Report on vaccination in Madras 1922-1929 - 1922-1929
Year: 1922
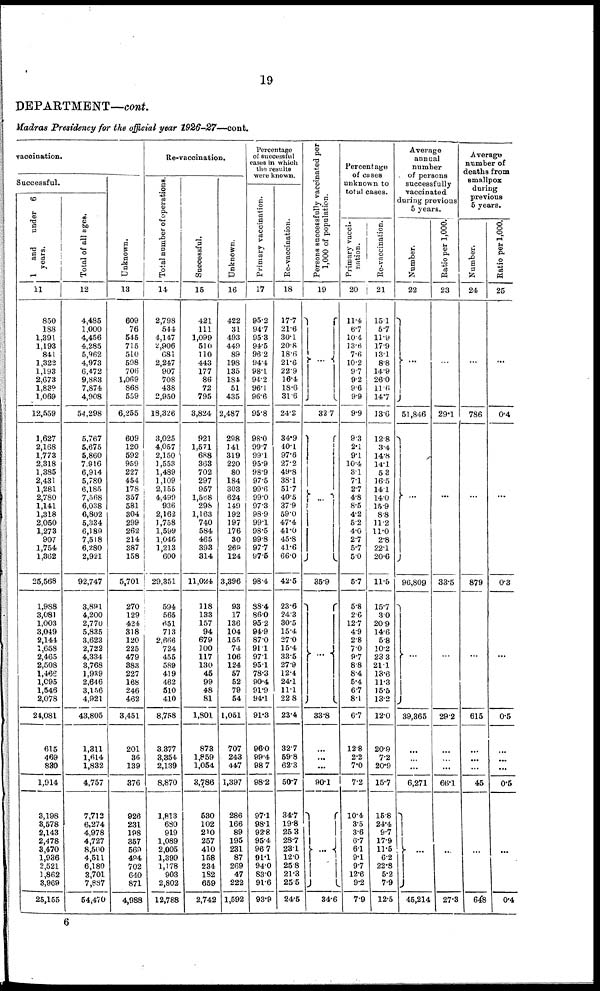
19
DEPARTMENT—cont.
Madras Presidency for the official year 1926-27—cont.
vaccination.
Successful.
1
and
under 6
years.
11
850
188
1,391
1,193
841
1,322
1,193
2,673
1,839
1,069
12,559
1,627
2,168
1,773
2,318
1,385
2,431
1,281
2,780
1,141
1,318
2,050
1,273
907
1,754
1,362
25,568
1,988
3,081
1,003
3,049
2,144
1,658
2,465
2,508
1,466
1,095
1,546
2,078
24,081
615
469
830
1,914
3,198
3,578
2,143
2,478
3,470
1,936
2,521
1,862
3,969
25,155
Total of all ages.
12
4,485
1,000
4,456
4,285
5,962
4,973
6,472
9,883
7,874
4,908
54,298
5,767
5,675
5,860
7,916
6,914
5,780
6,185
7,568
6,038
6,802
5,334
6,189
7,518
6,280
2,921
92,747
3,891
4,200
2,770
5,835
3,623
2,722
4,334
3,768
1,939
2,646
3,156
4,921
43,805
1,311
1,614
1,832
4,757
7,712
6,274
4,978
4,727
8,500
4,511
6,180
3,701
7,887
54,470
Unknown.
13
609
76
545
715
510
598
706
1,069
868
559
6,255
609
120
592
959
227
454
178
357
581
304
299
262
214
387
158
5,701
270
129
424
318
120
225
479
383
227
168
246
462
3,451
201
36
139
376
926
231
198
357
569
484
702
640
871
4,988
Re-vaccination.
Total number of operations.
14
2,798
544
4,147
2,906
681
2,247
907
708
438
2,950
18,326
3,025
4,057
2,150
1,553
1,489
1,109
2,155
4,499
936
2,162
1,758
1,599
1,046
1,213
600
29,351
594
565
651
713
2,666
724
455
589
419
462
510
410
8,758
3,377
3,354
2,139
8,870
1,813
680
919
1,089
2,005
1,399
1,178
903
2,802
12,788
Successful.
15
421
111
1,099
510
110
443
177
86
72
795
3,824
921
1,571
688
363
702
297
957
1,568
298
1,163
740
584
465
393
314
11,024
118
133
157
94
679
100
117
130
45
99
48
81
1,801
873
1,859
1,054
3,786
530
102
210
257
410
158
234
182
659
2,742
Unknown.
16
422
31
493
449
89
198
135
184
51
435
2,487
298
141
319
220
80
184
303
624
149
192
197
176
30
260
124
3,396
93
17
136
104
155
74
106
124
57
52
79
54
1,051
707
243
447
1,397
286
166
89
195
231
87
269
47
222
1,592
Percentage
of successful
cases in which
the results
were known.
Primary vaccination.
17
95.2
94.7
95.3
94.5
96.2
94.4
98.1
94.2
96.1
96.6
95.8
98.0
99.7
99.1
95.9
98.9
97.5
99.6
99.0
97.3
98.9
99.1
98.5
99.8
97.7
97.5
98.4
88.4
86.0
95.2
94.9
87.0
91.1
97.1
95.1
78.3
90.4
91.9
94.1
91.3
96.0
99.4
98.7
98.2
97.1
98.1
92.8
95.4
96.7
91.1
94.0
83.0
91.6
93.9
Re-vaccination.
18
17.7
21.6
30.1
20.8
18.6
21.6
22.9
16.4
18.6
31.6
24.2
34.9
40.1
97.6
27.2
49.8
38.1
51.7
40.5
37.9
59.0
47.4
41.0
45.8
41.6
66.0
42.5
23.6
24.3
30.5
15.4
27.0
15.4
33.5
27.9
12.4
24.1
11.1
22.8
23.4
32.7
59.8
62.3
50.7
34.7
19.8
25.3
28.7
23.1
12.0
25.8
21.3
25.5
24.5
Persons successfully vaccinated per
1,000 of population.
19
...
32.7
...
35.9
...
33.8
...
...
...
90.1
...
34.6
Percentage
of cases
unknown to
total cases.
Primary vacci-
nation.
20
11.4
6.7
10.4
13.6
7.6
10.2
9.7
9.2
9.6
9.9
9.9
9.3
2.1
9.1
10.4
3.1
7.1
2.7
4.8
8.5
4.2
5.2
4.0
2.7
5.7
5.0
5.7
5.8
2.6
12.7
4.9
2.8
7.0
9.7
8.8
8.4
5.4
6.7
8.1
6.7
12.8
2.2
7.0
7.2
10.4
3.5
3.6
6.7
6.1
9.1
9.7
12.6
9.2
7.9
Re-vaccination.
21
15.1
5.7
11.9
17.9
13.1
8.8
14.9
26.0
11.6
14.7
13.6
12.8
3.4
14.8
14.1
5.3
16.5
14.1
14.0
15.9
8.8
11.2
11.0
2.8
22.1
20.6
11.5
15.7
3.0
20.9
14.6
5.8
10.2
23.3
21.1
13.6
11.3
15.5
13.2
12.0
20.9
7.2
20.9
15.7
15.8
24.4
9.7
17.9
11.5
6.2
22.8
5.2
7.9
12.5
Average
annual
number
of persons
successfully
vaccinated
during previous
5 years.
Number.
22
...
51,846
...
96,809
...
39,365
...
...
...
6,271
...
45,214
Ratio per 1,000.
23
...
29.1
...
33.5
...
29.2
...
...
...
66.1
...
27.3
Average
number of
deaths from
smallpox
during
previous
5 years.
Number.
24
...
786
...
879
...
615
...
...
...
45
...
648
Ratio per 1,000.
25
...
0.4
...
0.3
...
0.5
...
...
...
0.5
...
0.4
6